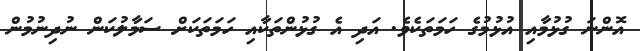
އޮންނަ ގުޅުމާއި އުޅުމުގެ ހަމަތަކެވެ. އަދި އެ ގުޅުންތަކާއި ހަމަތަކަށް ސަމާލުކަން ނުދިނުމުން